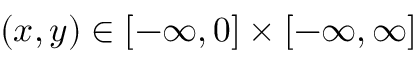
( x , y ) \in [ - \infty , 0 ] \times [ - \infty , \infty ]